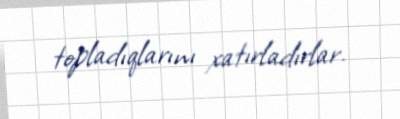
topladıqlarını xatırladırlar.